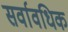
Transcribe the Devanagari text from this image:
सर्वावधिक